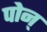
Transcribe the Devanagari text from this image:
पोन्